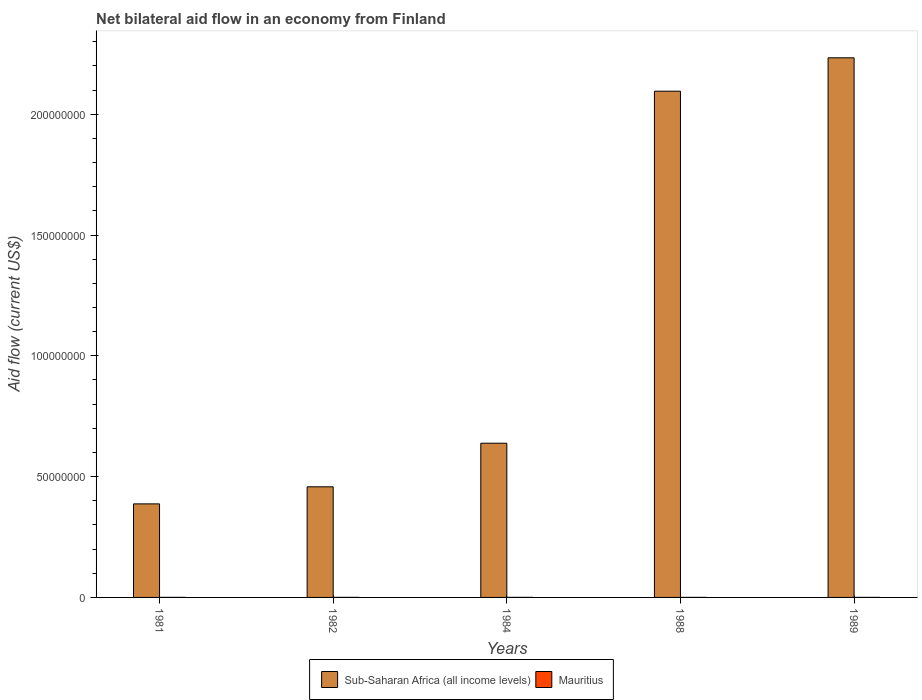
| Years | Sub-Saharan Africa (all income levels) | Mauritius |
 | --- | --- | --- |
 | 1981 | 3.87e+07 | 2e+04 |
 | 1982 | 4.58e+07 | 2e+04 |
 | 1984 | 6.38e+07 | 2e+04 |
 | 1988 | 2.1e+08 | 1e+04 |
 | 1989 | 2.23e+08 | 1e+04 |